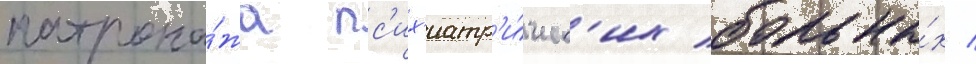
патрона́жа пс'их'иатр'и́ческ'их больны́х /